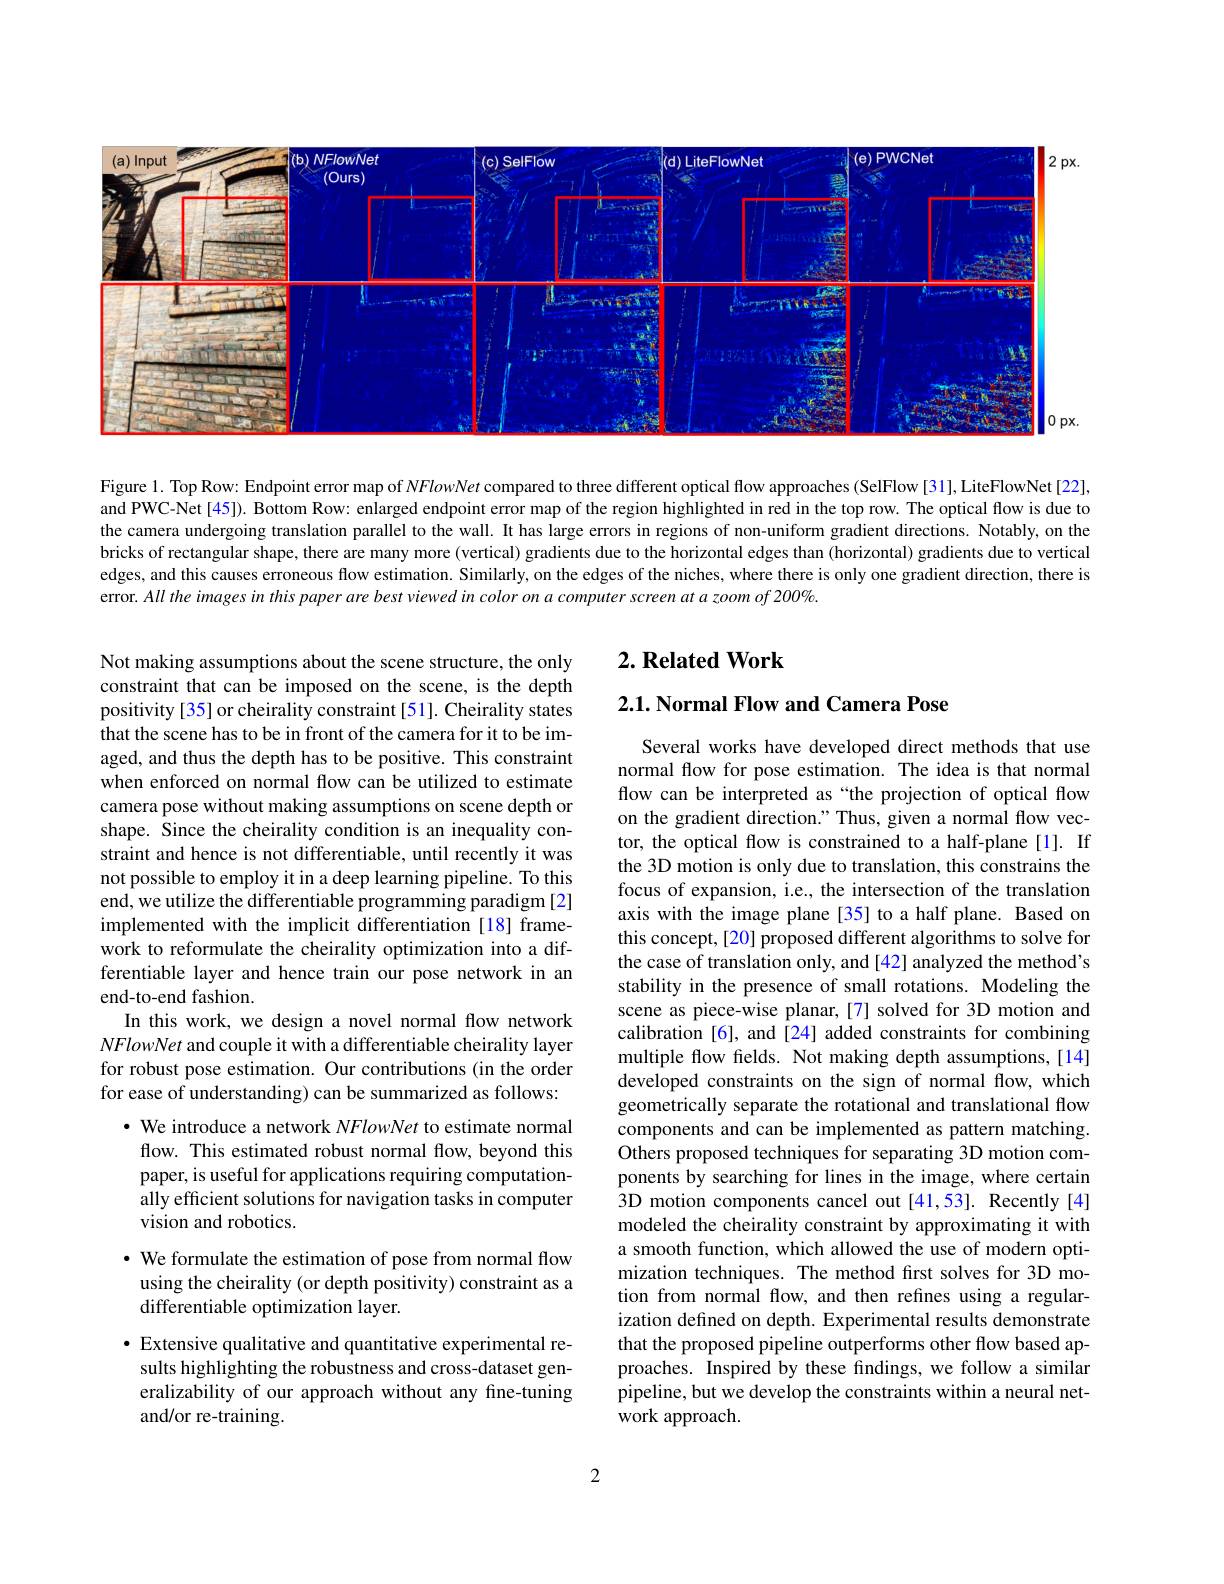
<FigureHere>

Figure 1. Top Row: Endpoint error map of NFlowNet compared to three different optical flow approaches (SelFlow[31],LiteFlowNet [22], and PWC-Net [45]). Bottom Row: enlarged endpoint error map of the region highlighted in red in the top row. The optical flow is due to the camera undergoing translation parallel to the wall. It has large errors in regions of non-uniform gradient directions. Notably, on the bricks of rectangular shape, there are many more (vertical) gradients due to the horizontal edges than (horizontal) gradients due to vertical edges, and this causes erroneous flow estimation. Similarly, on the edges of the niches, where there is only one gradient direction, there is error. All the images in this paper are best viewed in color on a computer screen at a zoom of 200%.

## $2. \textbf{Related Work}$

# 2.1. Normal Flow and Camera Pose

Not making assumptions about the scene structure, the only constraint that can be imposed on the scene, is the depth positivity [35] or cheirality constraint [51]. Cheirality states that the scene has to be in front of the camera for it to be imaged, and thus the depth has to be positive. This constraint when enforced on normal flow can be utilized to estimate camera pose without making assumptions on scene depth or shape. Since the cheirality condition is an inequality constraint and hence is not differentiable, until recently it was not possible to employ it in a deep learning pipeline. To this end, we utilize the differentiable programming paradigm [2] implemented with the implicit differentiation [18] framework to reformulate the cheirality optimization into a differentiable layer and hence train our pose network in an end-to-end fashion.
In this work, we design a novel normal flow network NFlowNet and couple it with a differentiable cheirality layer for robust pose estimation. Our contributions (in the order for ease of understanding) can be summarized as follows:

Several works have developed direct methods that use normal flow for pose estimation. The idea is that normal flow can be interpreted as “the projection of optical flow on the gradient direction." Thus, given a normal flow vector, the optical flow is constrained to a half-plane[1]. If the 3D motion is only due to translation, this constrains the focus of expansion, i.e., the intersection of the translation axis with the image plane [35] to a half plane. Based on this concept, [20] proposed different algorithms to solve for the case of translation only, and [42] analyzed the method's stability in the presence of small rotations. Modeling the scene as piece-wise planar,[7] solved for 3D motion and calibration [6], and [24] added constraints for combining multiple flow fields. Not making depth assumptions,[14] developed constraints on the sign of normal flow, which geometrically separate the rotational and translational flow components and can be implemented as pattern matching. Others proposed techniques for separating 3D motion components by searching for lines in the image, where certain 3D motion components cancel out [41,53]. Recently[4] modeled the cheirality constraint by approximating it with a smooth function, which allowed the use of modern optimization techniques. The method first solves for 3D motion from normal flow, and then refines using a regularization defined on depth. Experimental results demonstrate that the proposed pipeline outperforms other flow based approaches. Inspired by these findings, we follow a similar pipeline, but we develop the constraints within a neural network approach.

$\cdot$ We introduce a network NFlowNet to estimate normal flow. This estimated robust normal flow, beyond this paper, is useful for applications requiring computationally efficient solutions for navigation tasks in computer vision and robotics.

## · We formulate the estimation of pose from normal flow using the cheirality (or depth positivity) constraint as a differentiable optimization layer.

· Extensive qualitative and quantitative experimental results highlighting the robustness and cross-dataset generalizability of our approach without any fine-tuning and/or re-training.

2